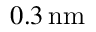
0 . 3 \, \mathrm { n m }